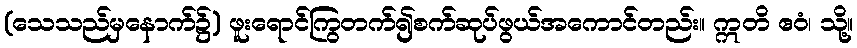
(သေသည်မှနောက်၌) ဖူးရောင်ကြွတက်၍စက်ဆုပ်ဖွယ်အကောင်တည်း။ ဣတိ ဧဝံ၊ သို့။